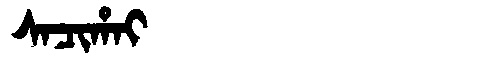
Manchu: ᠰᠠᠴᡳᡥᠠᡳ
Romanization: SACIHAI